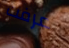
عرفت